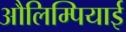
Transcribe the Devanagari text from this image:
औलिम्पियाई